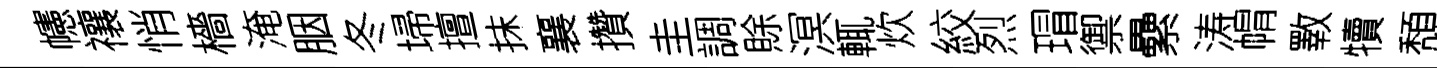
幰禳悄檣淹胭冬埽擅抹襄攢圭調賖溟輒炊絞烈瑁禦纍涛㡌斁犢頽